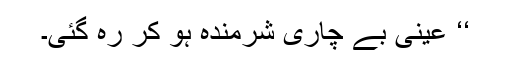
‘‘ عینی بے چاری شرمندہ ہو کر رہ گئی۔